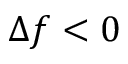
\Delta f < 0